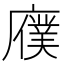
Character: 𫸆